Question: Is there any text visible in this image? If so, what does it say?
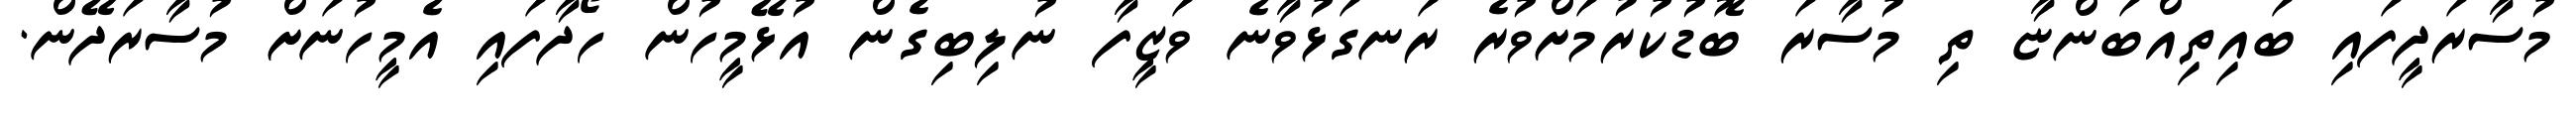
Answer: މުސާރަދީފައި ބައިތިއްބަންޏާ ތި މުސާރަ ބޮޑުކުރުމަށްވުރެ ރަނގަޅުވާނެ ވަޒީފާ ނުލިބިގެން އުޅޭމީހުން ހޯދާފައި އެމީހުނަށް މުސާރަދޭން.